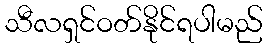
သီလရှင်ဝတ်နိုင်ရပါမည်